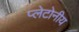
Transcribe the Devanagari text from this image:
प्लेटोनीय